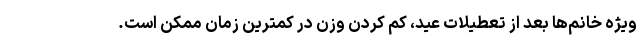
ویژه خانم‌ها بعد از تعطیلات عید، کم کردن وزن در کمترین زمان ممکن است.